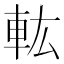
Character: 䡌